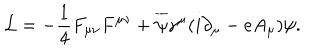
{ \cal L } = - { \frac { 1 } { 4 } } F _ { \mu \nu } F ^ { \mu \nu } + { \overline { { { \psi } } } } \gamma ^ { \mu } ( i \partial _ { \mu } - e A _ { \mu } ) \psi .